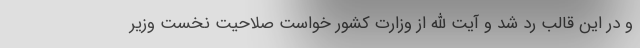
و در این قالب رد شد و آیت الله از وزارت کشور خواست صلاحیت نخست وزیر